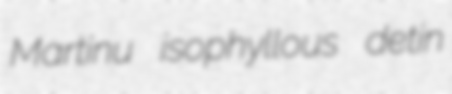
Martinu isophyllous detin